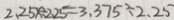
2 . 2 5 x \div 2 . 2 5 = 3 . 3 7 5 \div 2 . 2 5